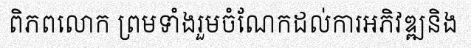
ពិភពលោក ព្រមទាំងរួមចំណែកដល់ការអភិវឌ្ឍនិង